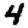
Digit: 4